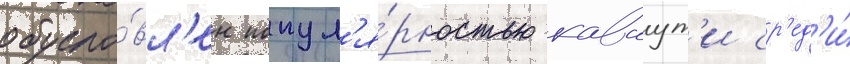
обусло́вл'ен попул'я́рностью каваут'и ср'ед'и́